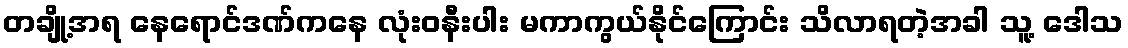
တချို့အရ နေရောင်ဒဏ်ကနေ လုံးဝနီးပါး မကာကွယ်နိုင်ကြောင်း သိလာရတဲ့အခါ သူ့ ဒေါသ